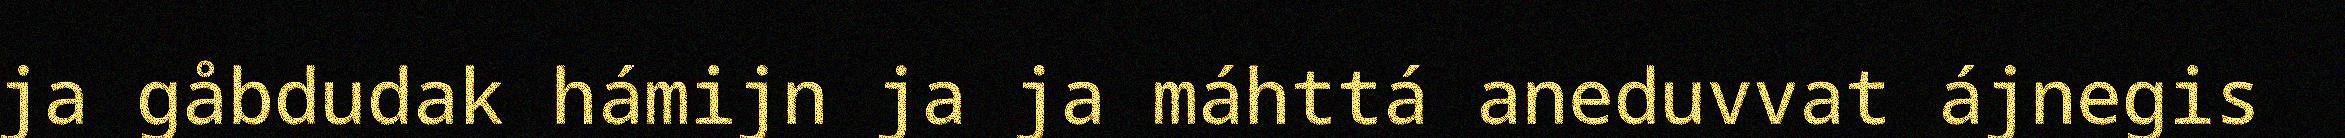
ja gåbdudak hámijn ja ja máhttá aneduvvat ájnegis